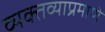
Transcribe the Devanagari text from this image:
व्यक्तव्याप्रमाणे